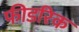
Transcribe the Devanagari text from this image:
फीडरिक